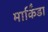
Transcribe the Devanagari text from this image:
मार्किंडा